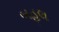
બહલ